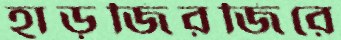
হাড়জিরজিরে